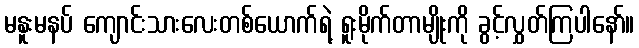
မနူးမနပ် ကျောင်းသားလေးတစ်ယောက်ရဲ့ ရူးမိုက်တာမျိုးကို ခွင့်လွှတ်ကြပါနော်။